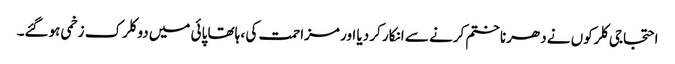
احتجاجی کلرکوں نے دھرنا ختم کرنے سے انکار کر دیا اور مزاحمت کی ، ہاتھا پائی میں دو کلرک زخمی ہوگئے۔